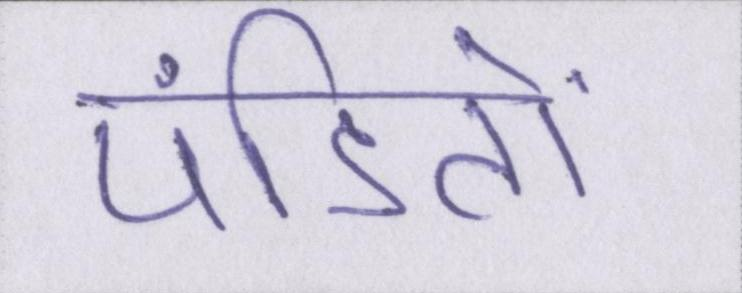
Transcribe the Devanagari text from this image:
पंडितों